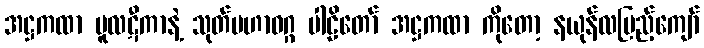
အဋ္ဌကထာ မူလဋီကာနဲ့ သုတ်မဟာဝဂ္ဂ ပါဠိတော် အဋ္ဌကထာ ကိုတော့ နယုန်လပြည့်ကျော်